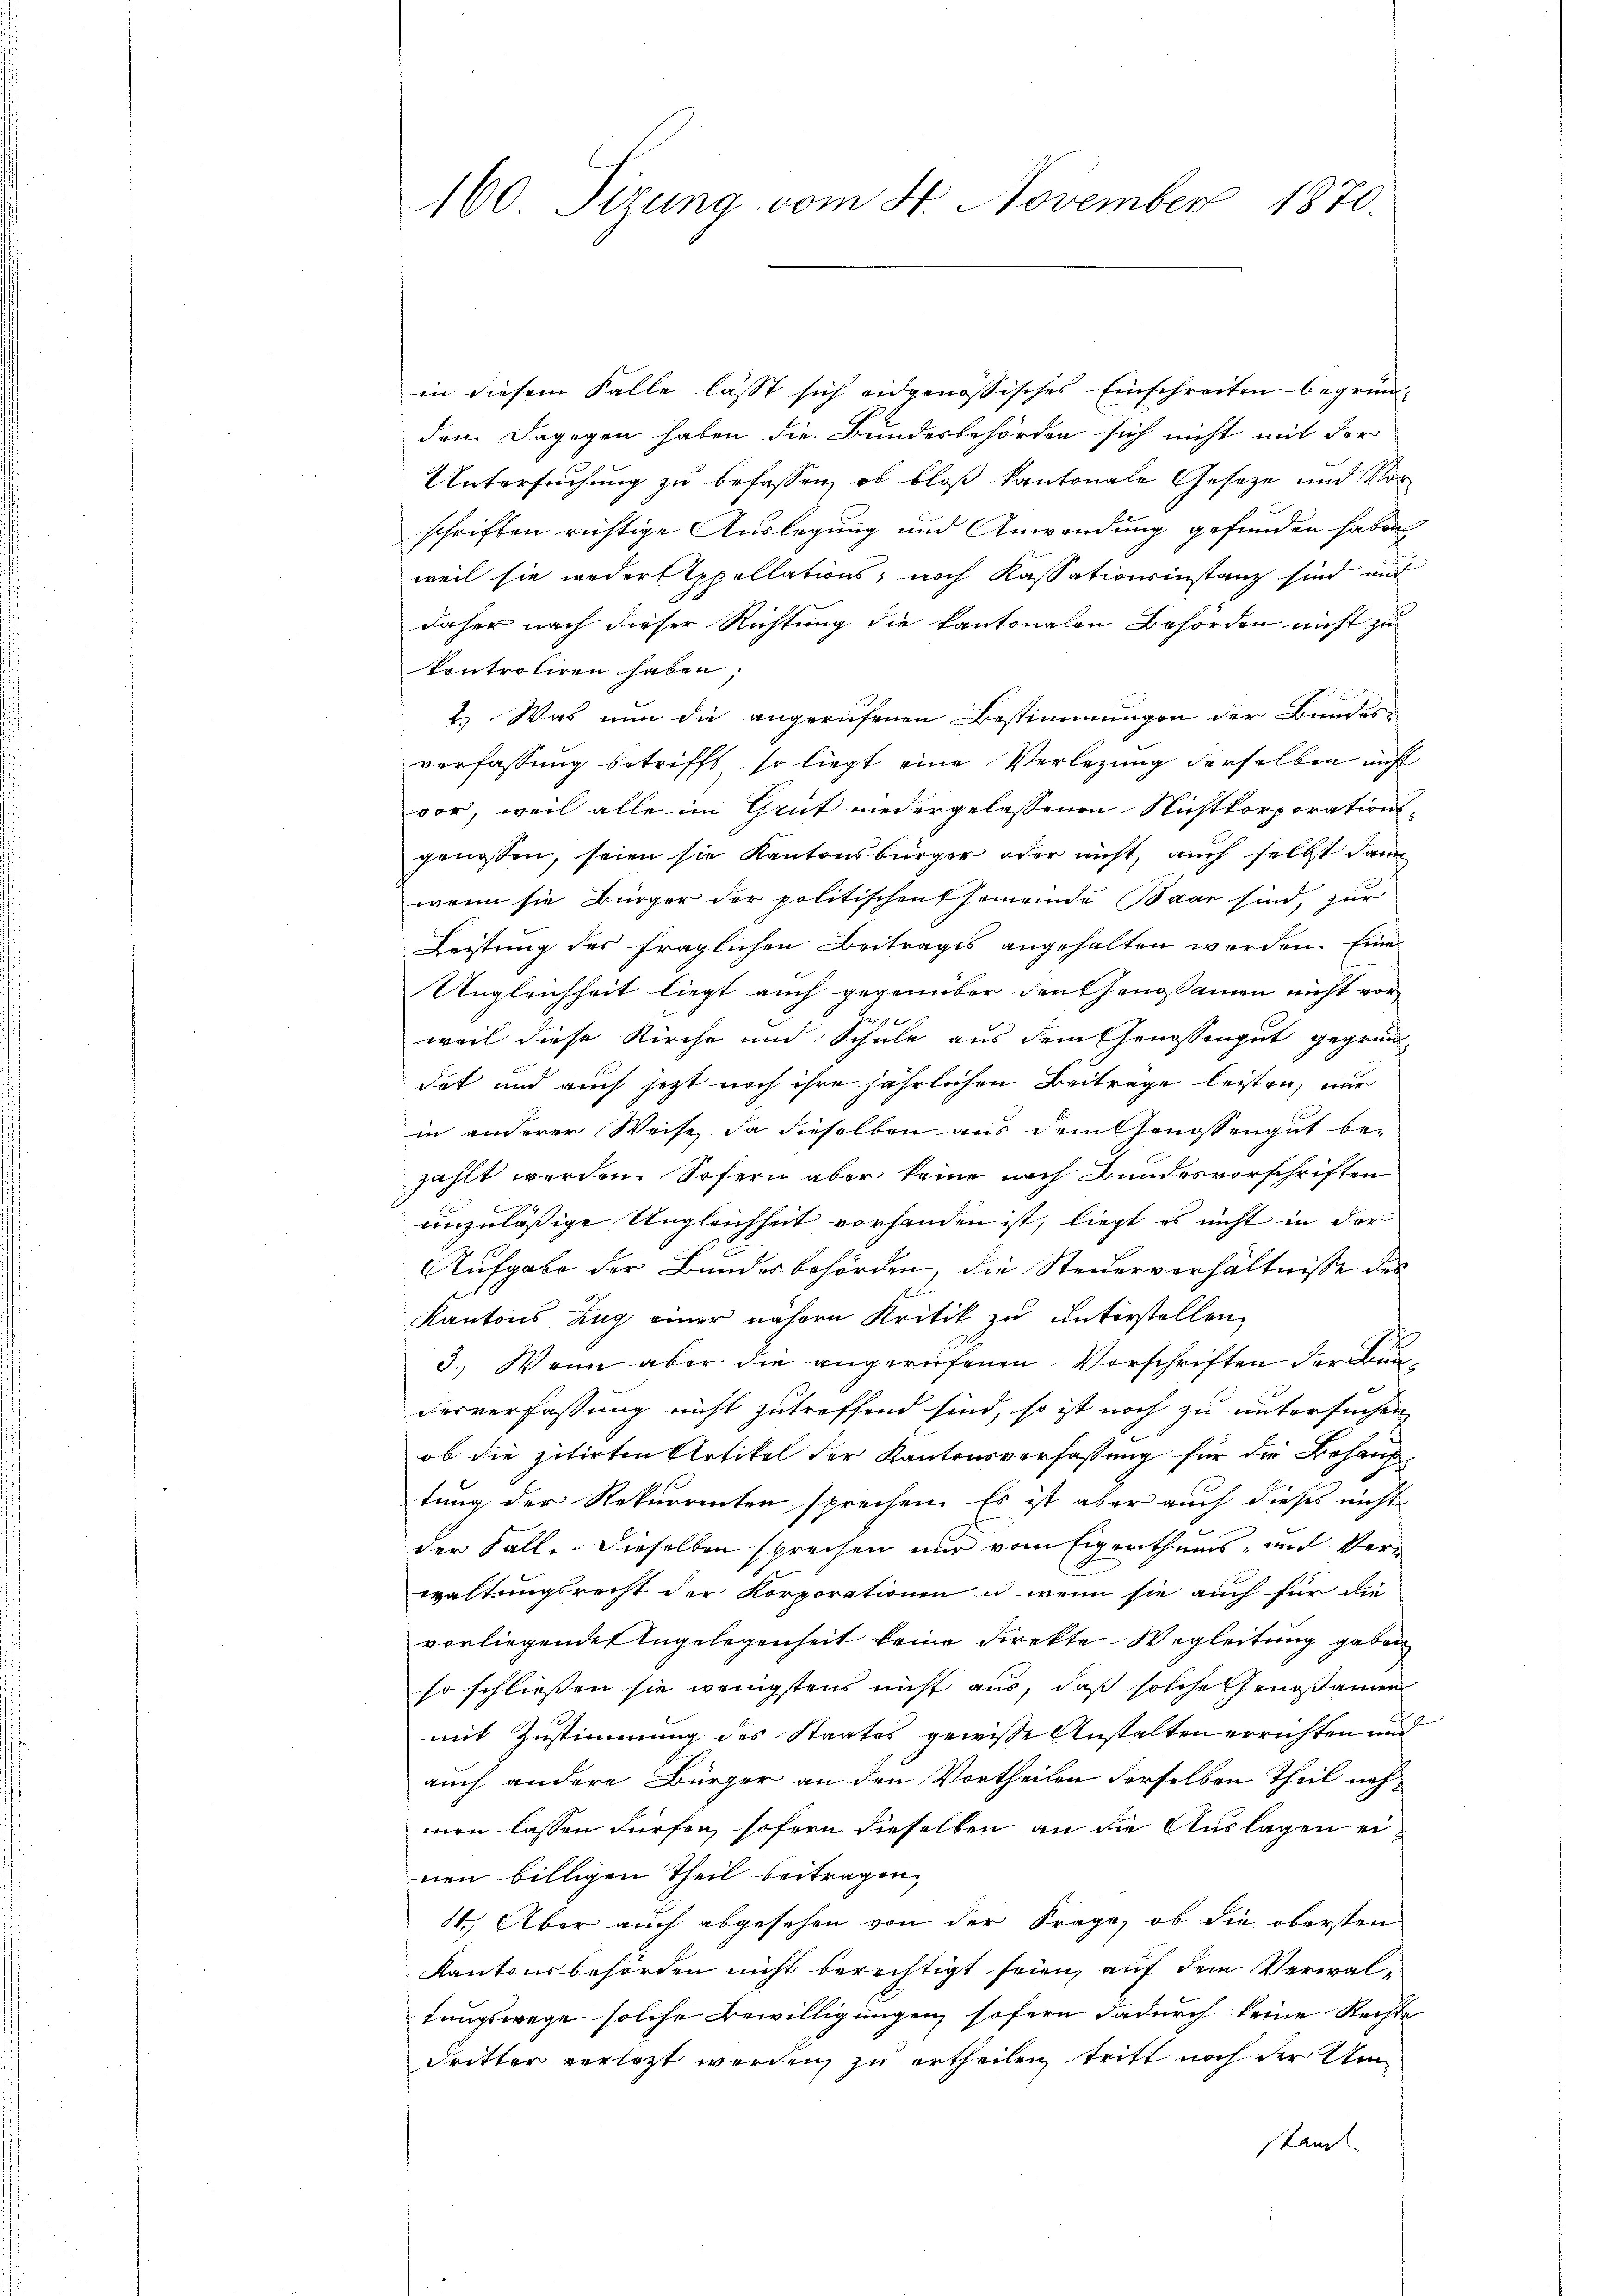
160 Sizung vom 4. November 1870.

in diesem Falle lässt sich eidgenössisches Einschreiten begründem Dagegen haben die Bundesbehörden sich nicht mit der
Untersuchung zu befassen, ob bloß kantonale Gesetze und Vor
schriften richtige Auslegung und Anwendung gefunden haben
weil sie weder Appellations, noch Kassationsinstanz sind und
daher nach dieser Richtung die kantonalen Behörden nicht zu
kontroliren haben;
2.) Was nun die angerufenen Bestimmungen der Bundesverfassung betrifft, so liegt eine Verlegung derselben nicht
vor, weil alle im Grüt niedergelassenen Nichtkorporations-
genossen, seien sie Kantonsbürger oder nicht, auch selbst dann
wenn sie Bürger der politischen Gemeinde Baar sind, zur
Leistung des fraglichen Beitrages angehalten werden. Eine
Ungleichheit liegt auch gegenüber den Genossamen nicht vor
weil diese Kirche und Schule aus dem Genossengut gegrün
dat und auch jetzt noch ihre jährlichen Beiträge leisten, nur
in anderer Weise, da dieselben aus dem Genossengut bezählt werden. Sofern aber keine nach Bundesvorschriften
unzuläßige Ungleichheit vorhanden ist, liegt es nicht in der
Aufgabe der Bundesbehörden, die Steuerverhältnisse des

Kantons Zug einer nähern Kritik zu unterstellen,
3.) Wenn aber die angerufenen Vorschriften der Bun¬
Ferverfassung nicht zutreffend sind, so ist noch zu untersuchen
ob die zitirten Artikel der Kantonsverfassung für die Behauptung der Rekurrenten sprechen. Es ist aber auch dieses nicht
der Fall. Dieselben sprechen nur vom Eigenthums, und Verwaltungsrecht der Korporationen u. wenn sie auch für die
vorliegende Angelegenheit keine direkte Wegleitung geben
so schließen sie wenigstens nicht aus, daß solche Genoßamen
.
mit Zustimmung des Staates gewisse Anstalten errichten und
auch andere Bürger an den Vortheilen derselben Theil nehmen lassen dürfen, sofern dieselben an die Auslagen einen billigen Theil beitragen,
4.) Aber auch abgesehen von der Frage, ob die obersten
Kantonsbehörden nicht berechtigt seien, auf dem Verwaltungswege solche Bewilligungen sofern dadurch keine Rechte
dritter verletzt werden, zu ertheilen, tritt noch der Umstand